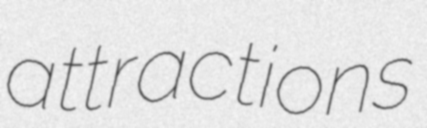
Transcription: attractions